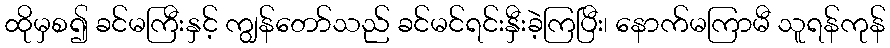
ထိုမှစ၍ ခင်မကြီးနှင့် ကျွန်တော်သည် ခင်မင်ရင်းနှီးခဲ့ကြပြီး၊ နောက်မကြာမီ သူရန်ကုန်